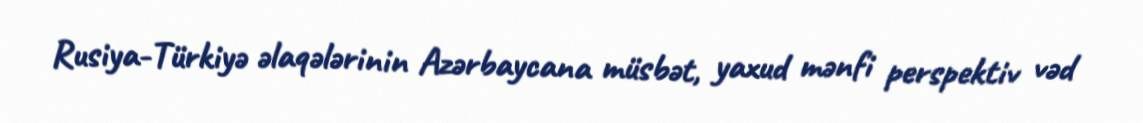
Rusiya-Türkiyə əlaqələrinin Azərbaycana müsbət, yaxud mənfi perspektiv vəd